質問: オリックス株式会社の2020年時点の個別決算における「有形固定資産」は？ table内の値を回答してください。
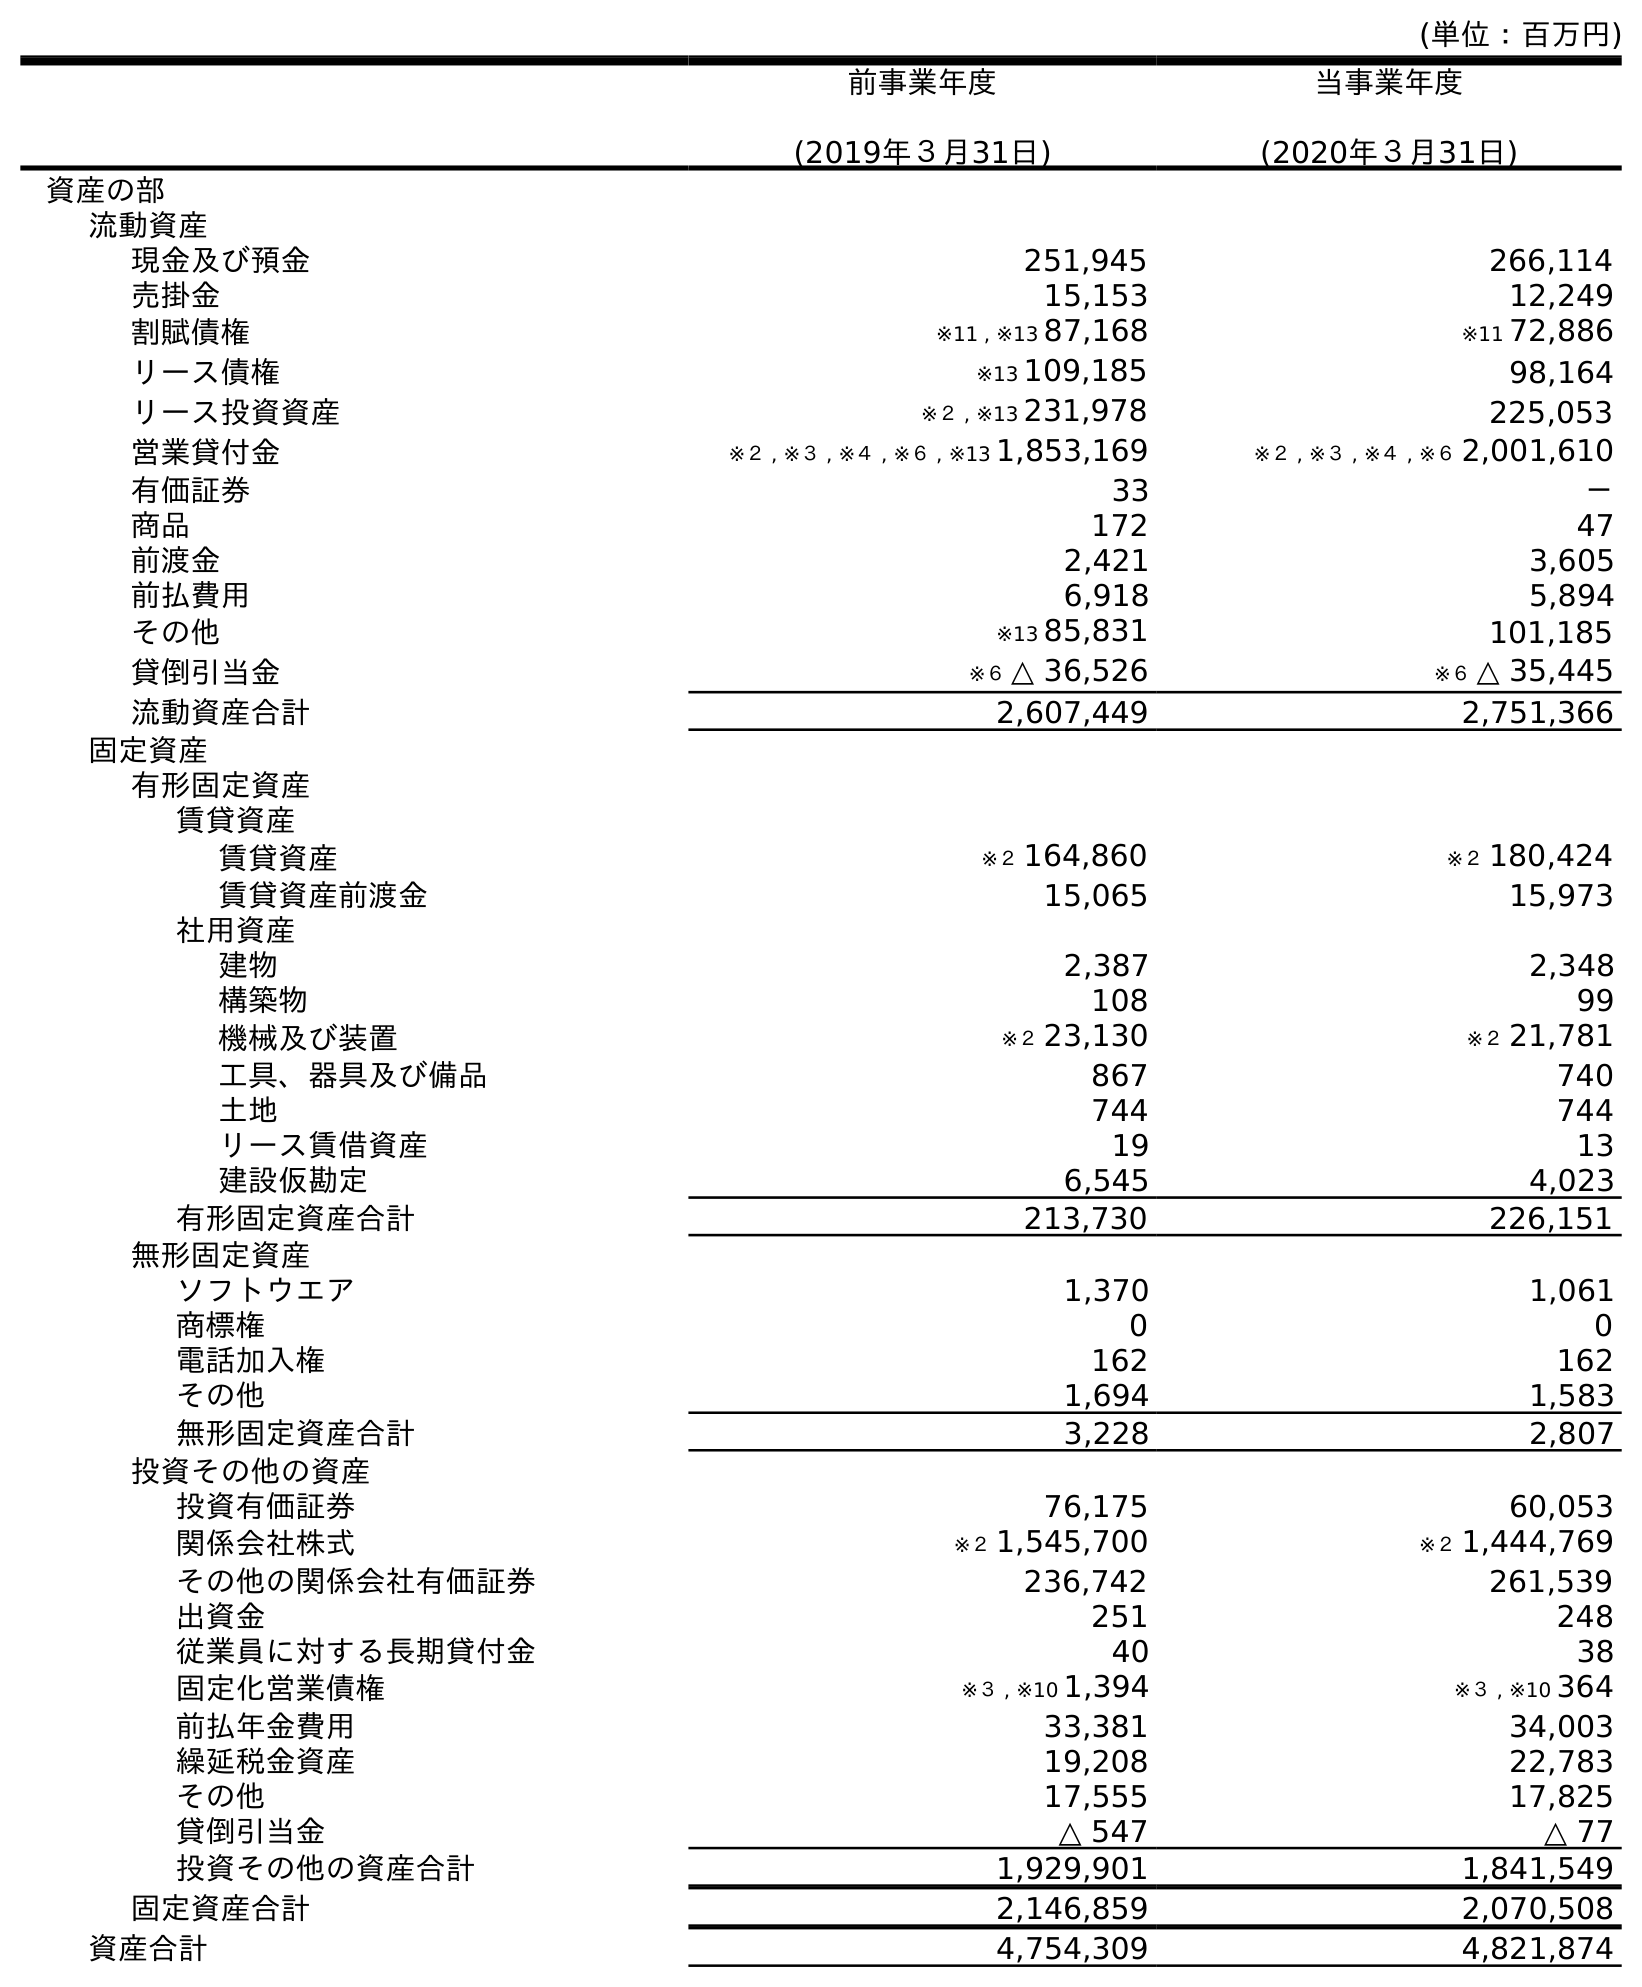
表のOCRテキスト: (単位：百万円) 前事業年度 (2019年３月31日) 当事業年度 (2020年３月31日) 資産の部 流動資産 現金及び預金 251,945 266,114 売掛金 15,153 12,249 割賦債権 ※11 , ※13 87,168 ※11 72,886 リース債権 ※13 109,185 98,164 リース投資資産 ※２ , ※13 231,978 225,053 営業貸付金 ※２ , ※３ , ※４ , ※６ , ※13 1,853,169 ※２ , ※３ , ※４ , ※６ 2,001,610 有価証券 33 － 商品 172 47 前渡金 2,421 3,605 前払費用 6,918 5,894 その他 ※13 85,831 101,185 貸倒引当金 ※６ △ 36,526 ※６ △ 35,445 流動資産合計 2,607,449 2,751,366 固定資産 有形固定資産 賃貸資産 賃貸資産 ※２ 164,860 ※２ 180,424 賃貸資産前渡金 15,065 15,973 社用資産 建物 2,387 2,348 構築物 108 99 機械及び装置 ※２ 23,130 ※２ 21,781 工具、器具及び備品 867 740 土地 744 744 リース賃借資産 19 13 建設仮勘定 6,545 4,023 有形固定資産合計 213,730 226,151 無形固定資産 ソフトウエア 1,370 1,061 商標権 0 0 電話加入権 162 162 その他 1,694 1,583 無形固定資産合計 3,228 2,807 投資その他の資産 投資有価証券 76,175 60,053 関係会社株式 ※２ 1,545,700 ※２ 1,444,769 その他の関係会社有価証券 236,742 261,539 出資金 251 248 従業員に対する長期貸付金 40 38 固定化営業債権 ※３ , ※10 1,394 ※３ , ※10 364 前払年金費用 33,381 34,003 繰延税金資産 19,208 22,783 その他 17,555 17,825 貸倒引当金 △ 547 △ 77 投資その他の資産合計 1,929,901 1,841,549 固定資産合計 2,146,859 2,070,508 資産合計 4,754,309 4,821,874
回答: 226,151